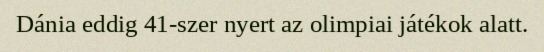
Dánia eddig 41-szer nyert az olimpiai játékok alatt.